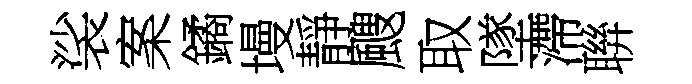
裟案鐍墁靜颼取墜滯聨